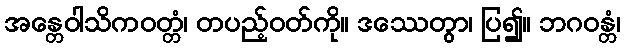
အန္တေဝါသိကဝတ္တံ၊ တပည့်ဝတ်ကို။ ဒဿေတွာ၊ ပြ၍။ ဘဂဝန္တံ၊